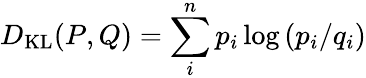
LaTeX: D_{\mathrm{KL}}(P,Q)=\sum_{i}^{n}p_{i}\log\left(p_{i}/q_{i}\right)